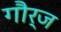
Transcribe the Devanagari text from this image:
गौर्ज